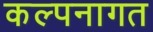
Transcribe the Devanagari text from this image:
कल्पनागत